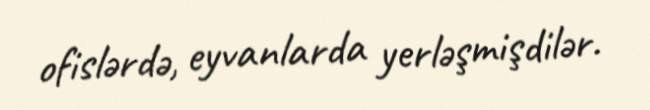
ofislərdə, eyvanlarda yerləşmişdilər.